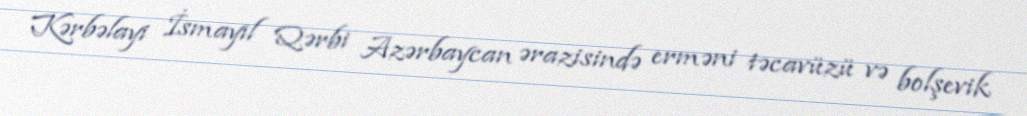
Kərbəlayi İsmayıl Qərbi Azərbaycan ərazisində erməni təcavüzü və bolşevik